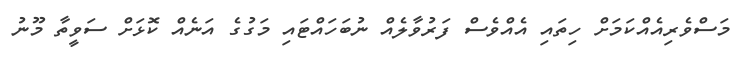
މަސްވެރިއެއްކަމަށް ހިތައި އެއްވެސް ފަރުވާލެއް ނުބަހައްޓައި މަގުގެ އަނެއް ކޮޅަށް ސަވީތާ މޫނު